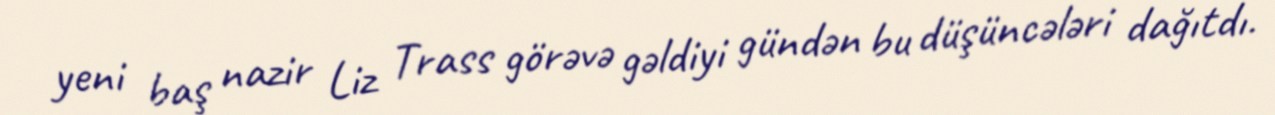
yeni baş nazir Liz Trass görəvə gəldiyi gündən bu düşüncələri dağıtdı.